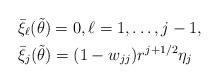
LaTeX: \begin{align*} &\bar{\xi}_\ell(\tilde{\theta})=0, \ell =1, \ldots, j-1, \\ &\bar{\xi}_j(\tilde{\theta})= (1-w_{jj})r^{j+1/2} \eta_j \end{align*}